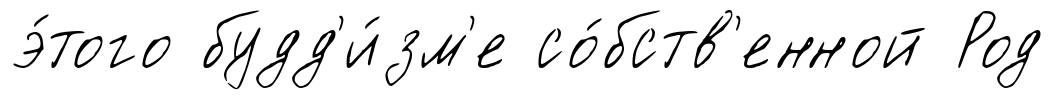
э́того будд'и́зм'е со́бств'енной Род